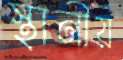
স্থানীয়